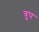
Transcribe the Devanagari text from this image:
त्रुप